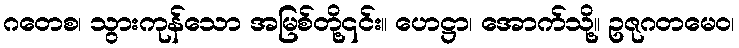
ဂတေစ၊ သွားကုန်သော အမြစ်တို့၎င်း။ ဟေဋ္ဌာ၊ အောက်သို့။ ဥဇုဂတမေဝ၊